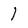
Character: 1